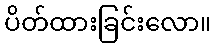
ပိတ်ထားခြင်းလော။